Vaccination North-Western Provinces and Oudh 1896-1901 - 1896-1901
Year: 1896
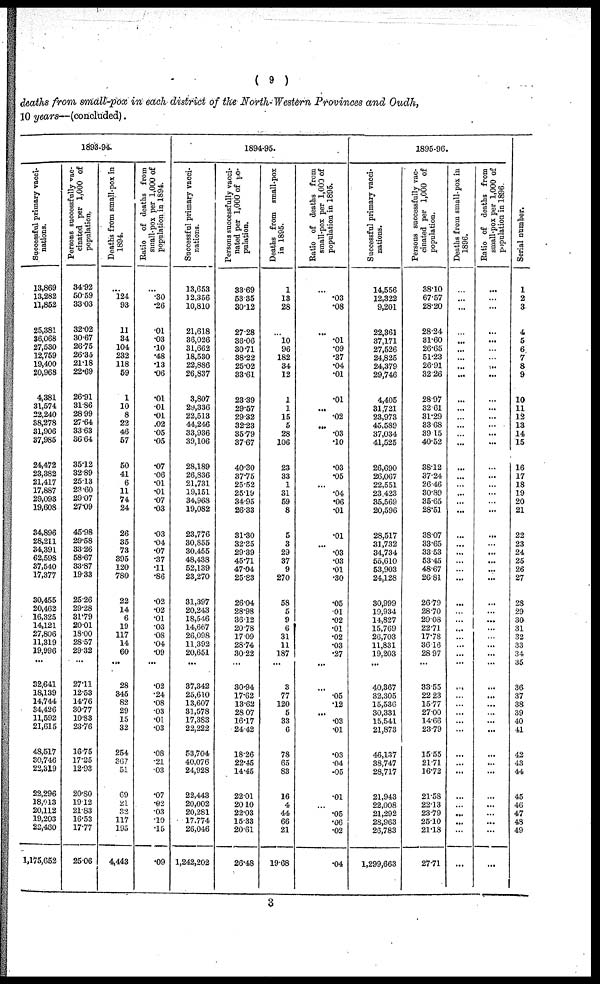
( 9 )
deaths from small-pox in each district of the North-Western Provinces and Oudh,
10 years—(concluded).
1893-94.
Successful primary vacci-
nations.
13,869
13,282
11,852
25,381
36,068
27,530
12,759
19,400
20,968
4,381
31,574
22,240
38,278
31,906
37,985
24,472
23,382
21,417
17,887
29,093
19,608
34,896
28,211
34,391
62,598
37,540
17,377
30,455
20,462
16,325
14,121
27,806
11,319
19,996
...
32,641
18,139
14,744
34,426
11,592
21,615
48,517
30,746
22,319
22,296
18,013
20,112
19,203
22,460
1,175,652
Persons successfully vac-
cinated per 1,000 of
population.
34.92
50.59
33.03
32.02
30.67
26.75
26.35
21.18
22.69
26.91
31.86
28.99
27.64
33.63
36.64
35.12
32.89
25.13
23.60
29.07
27.09
45.98
29.58
33.26
58.67
33.87
19.33
25.26
29.28
31.79
20.01
18.00
28.57
29.32
...
27.11
12.53
14.76
30.77
10.83
23.76
16.75
17.25
12.93
20.80
19.12
21.83
16.53
17.77
25.06
Deaths from small-pox in
1894.
...
124
93
11
34
104
232
118
59
1
10
8
22
46
57
50
41
6
11
74
24
26
35
73
395
120
780
22
14
6
19
117
14
60
...
28
345
82
29
15
32
254
367
51
69
21
32
117
195
4,443
Ratio of deaths from
small-pox per 1,000 of
population in 1894.
...
.30
.26
.01
.03
.10
.48
.13
.06
.01
.01
.01
.02
.05
.05
.07
.06
.01
.01
.07
.03
.03
.04
.07
.37
.11
.86
.02
.02
.01
.03
.08
.04
.09
...
.02
.24
.08
.03
.01
.03
.08
.21
.03
.07
.02
.03
.10
.15
.09
1894-95.
Successful primary vacci-
nations.
13,653
12,356
10,810
21,618
36,026
31,662
18,530
22,886
26,837
3,807
29,336
22,513
44,246
33,936
39,106
28,189
26,836
21,731
19,151
34,968
19,082
23,776
30,855
30,455
48,438
52,139
23,270
31,397
20,243
18,546
14,667
26,098
11,392
20,651
...
37,342
25,610
13,607
31,578
17,383
22,222
53,704
40,076
24,928
22,443
20,002
20,281
17,774
26,046
1,242,202
Persons successfully vacci-
nated per 1,000 of po-
pulation.
33.69
53.35
30.12
27.28
36.06
30.71
38.22
25.02
33.61
23.39
29.57
29.32
32.23
35.79
37.67
40.30
37.75
25.52
25.19
34.95
26.33
31.30
32.35
29.39
45.71
47.04
25.83
26.04
28.98
36.12
20.78
17.09
28.74
30.22
...
30.94
17.62
13.62
28.07
16.17
24.42
18.26
22.45
14.45
22.01
20.10
22.03
15.33
20.61
26.48
Deaths from small-pox
in 1895.
1
13
28
...
10
96
182
34
12
1
1
15
5
28
106
23
33
1
31
59
8
5
3
29
37
9
270
58
5
9
6
31
11
187
...
3
77
120
5
33
6
78
65
83
16
4
44
66
21
19.68
Ratio of deaths from
small-pox per 1,000 of
population in 1895.
...
.03
.08
...
.01
.09
.37
.04
.01
.01
...
.02
...
.03
.10
.03
.05
...
.04
.06
.01
.01
...
.03
.03
.01
.30
.05
.01
.02
.01
.02
.03
.27
...
...
.05
.12
...
.03
.01
.03
.04
.05
.01
...
.05
.06
.02
.04
1895-96.
Successful primary vacci-
nations.
14,556
12,322
9,201
22,361
37,171
27,526
24,825
24,379
29,746
4,405
31,721
23,973
45,589
37,034
41,525
26,690
26,067
22,551
23,423
35,569
20,596
28,517
31,732
34,734
55,610
53,903
24,128
30,999
19,934
14,827
15,769
26,703
11,831
19,203
...
40,367
32,305
15,536
30,331
15,541
21,873
46,137
38,747
28,717
21,943
22,008
21,292
28,963
26,783
1,299,663
Persons successfully vac-
cinated per 1,000 of
population.
38.10
67.57
28.20
28.24
31.60
26.65
51.23
26.91
32.26
28.97
32.61
31.29
33.68
39.15
40.52
38.12
37.24
26.46
30.89
35.65
28.51
38.07
33.65
33.53
53.45
48.67
26.81
26.79
28.70
29.08
22.71
17.78
36.16
28.97
...
33.55
22.23
15.77
27.00
14.66
23.79
15.55
21.71
16.72
21.58
22.13
23.79
25.10
21.18
27.71
Deaths from small-pox in
1896.
...
...
...
...
...
...
...
...
...
...
...
...
...
...
...
...
...
...
...
...
...
...
...
...
...
...
...
...
...
...
...
...
...
...
...
...
...
...
...
...
...
...
...
...
...
...
...
...
...
Ratio of deaths from
small-pox per 1,000 of
population in 1896
...
...
...
...
...
...
...
...
...
...
...
...
...
...
...
...
...
...
...
...
...
...
...
...
...
...
...
...
...
...
...
...
...
...
...
...
...
...
...
...
...
...
...
...
...
...
...
...
...
Serial number.
1
2
3
4
5
6
7
8
9
10
11
12
13
14
15
16
17
18
19
20
21
22
23
24
25
26
27
28
29
30
31
32
33
34
35
36
37
38
39
40
41
42
43
44
45
46
47
43
49
3